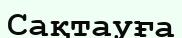
Сақтауға